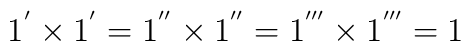
1^{'}\times 1^{'} = 1^{''} \times 1^{''} = 1^{'''} \times 1^{'''} = 1